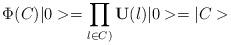
LaTeX: \begin{align*}\Phi (C)|0>=\prod_{l\in C)} {\bf U}(l)|0>=|C>\end{align*}